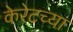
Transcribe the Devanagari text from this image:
केरेटच्या